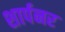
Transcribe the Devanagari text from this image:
शार्पनर